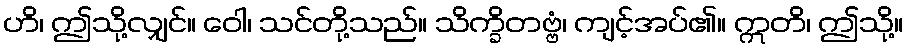
ဟိ၊ ဤသို့လျှင်။ ဝေါ၊ သင်တို့သည်။ သိက္ခိတဗ္ဗံ၊ ကျင့်အပ်၏။ ဣတိ၊ ဤသို့။